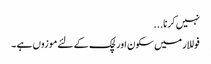
نہیں کرنا...
فوللار میں سکون اور لچک کے لئے موزوں ہے ۔